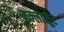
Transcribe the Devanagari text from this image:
मल्लासुर